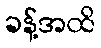
ခန့်အထိ